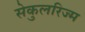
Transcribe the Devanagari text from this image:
सेकुलरिज्म